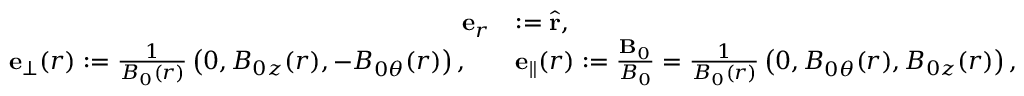
\begin{array} { r } { \begin{array} { r l } { \mathbf { e } _ { r } } & { : = \hat { \mathbf { r } } , } \\ { \mathbf { e } _ { \perp } ( r ) : = \frac { 1 } { B _ { 0 } ( r ) } \left( 0 , B _ { 0 z } ( r ) , - B _ { 0 \theta } ( r ) \right) , \quad } & { \mathbf { e } _ { \parallel } ( r ) : = \frac { \mathbf { B } _ { 0 } } { B _ { 0 } } = \frac { 1 } { B _ { 0 } ( r ) } \left( 0 , B _ { 0 \theta } ( r ) , B _ { 0 z } ( r ) \right) , } \end{array} } \end{array}